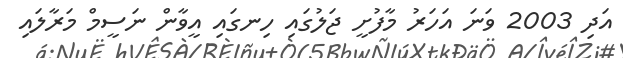
އަދި 2003 ވަނަ އަހަރު މާފުށީ ޖަލުގައި ހިނގައި އީވާން ނަސީމް މަރާލައި